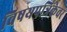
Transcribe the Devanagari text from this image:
विषयपत्रिकेवर